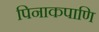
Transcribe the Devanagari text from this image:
पिनाकपाणि